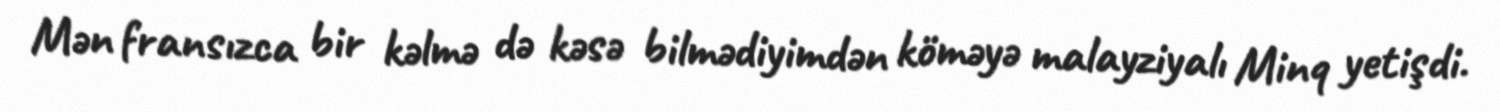
Mən fransızca bir kəlmə də kəsə bilmədiyimdən köməyə malayziyalı Minq yetişdi.